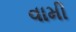
વામી